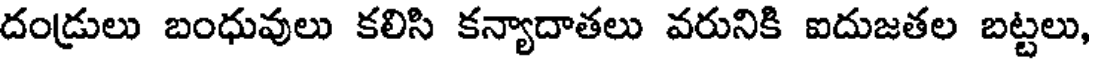
దండ్రులు బంధువులు కలిసి కన్యాదాతలు వరునికి ఐదుజతల బట్టలు,